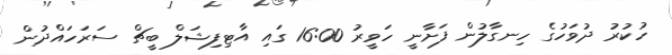
ހުކުރު ދުވަހުގެ ހިނގާލުން ފަށާނީ ހަވީރު 16:00 ގައި އާޓިފިޝަލް ބީޗް ސަރަހައްދުން